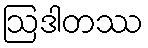
ဩဒါတဿ